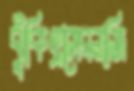
ঝুঁকিহ্রাসেরনাজি